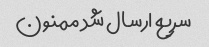
سریع ارسال شد ممنون